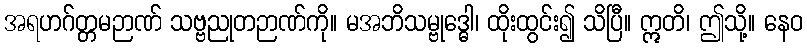
အရဟဂ်တ္တမဉာဏ် သဗ္ဗညုတဉာဏ်ကို။ မအဘိသမ္ဗုဒ္ဓေါ၊ ထိုးထွင်း၍ သိပြီ။ ဣတိ၊ ဤသို့။ နေဝ